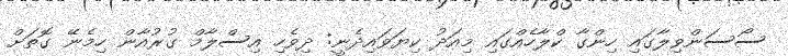
ސޯސަންވިލާގައި ހިންގާ ކްލާހެއްގައި މިއަދު ކިޔަވައިދެނީ: ދިވެހި އިސްލާމް ގުރުއާން ހިމެނޭ ގޮތަށް